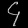
Digit: ၄